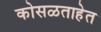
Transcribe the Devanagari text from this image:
कोसळताहेत